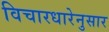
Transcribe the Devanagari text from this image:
विचारधारेनुसार